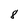
Character: 8